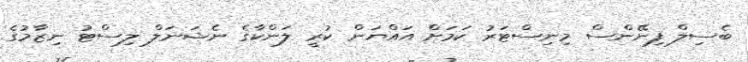
ބެސިލް ފިނޭންސް މިނިސްޓަރު ކަމަށް އައްޔަން ކުރީ ލަންކާގެ ނެޝަނަލް ލިސްޓު ނިޒާމުގެ